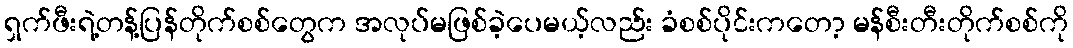
ရှက်ဖီးရဲ့တန့်ပြန်တိုက်စစ်တွေက အလုပ်မဖြစ်ခဲ့ပေမယ့်လည်း ခံစစ်ပိုင်းကတော့ မန်စီးတီးတိုက်စစ်ကို